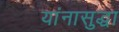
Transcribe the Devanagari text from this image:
यांनासुद्धा